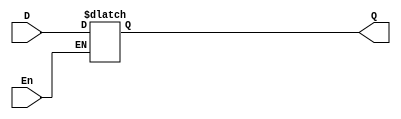
`timescale 1ps/1ps
module d_latch(Q,D,En);
    output reg Q;
    input D, En;
    always @ (En, D)
        if (En == 1'b1)
            Q <= D;
endmodule